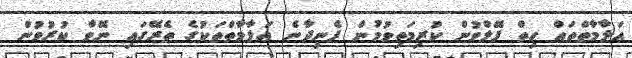
އަލާމާތްތައް ހިތް ފޭލްވުން ކުރިމަތިވުމުން ފެނިދާނެ އަލާމާތްތަކުގެ ތެރޭގައި ނޭވާ ކުރުވުން